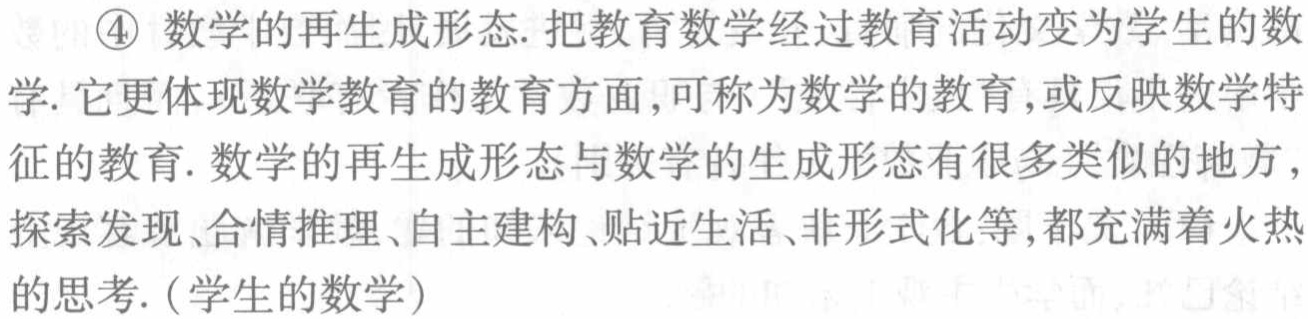
\textcircled{4} 数学的再生成形态. 把教育数学经过教育活动变为学生的数学. 它更体现数学教育的教育方面,可称为数学的教育,或反映数学特征的教育. 数学的再生成形态与数学的生成形态有很多类似的地方,探索发现、合情推理、自主建构、贴近生活、非形式化等,都充满着火热的思考.（学生的数学）